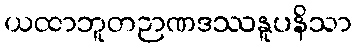
ယထာဘူတဉာဏဒဿနူပနိသာ